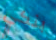
بنكي